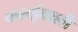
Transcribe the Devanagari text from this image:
कलईवाली